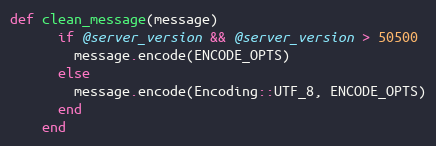
Language: Ruby
def clean_message(message)
      if @server_version && @server_version > 50500
        message.encode(ENCODE_OPTS)
      else
        message.encode(Encoding::UTF_8, ENCODE_OPTS)
      end
    end